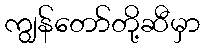
ကျွန်တော်တို့ဆီမှာ